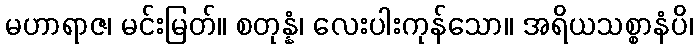
မဟာရာဇ၊ မင်းမြတ်။ စတုန္နံ၊ လေးပါးကုန်သော။ အရိယသစ္စာနံပိ၊